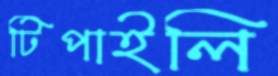
টিপাইলি